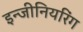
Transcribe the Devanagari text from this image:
इन्‍जीनियरिंग